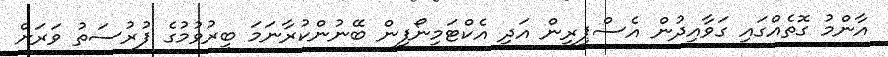
އާންމު ގޮތެއްގައި ގަވާއިދުން އެސްޕިރިން އަދި އެކްޓަމިނޯފިން ބޭނުންކުރާނަމަ ބީރުވުމުގެ ފުރުސަތު ވަރަށް